Annual report of the Punjab Veterinary College and of the Civil Veterinary Department, Punjab - 1920-1925
Year: 1920
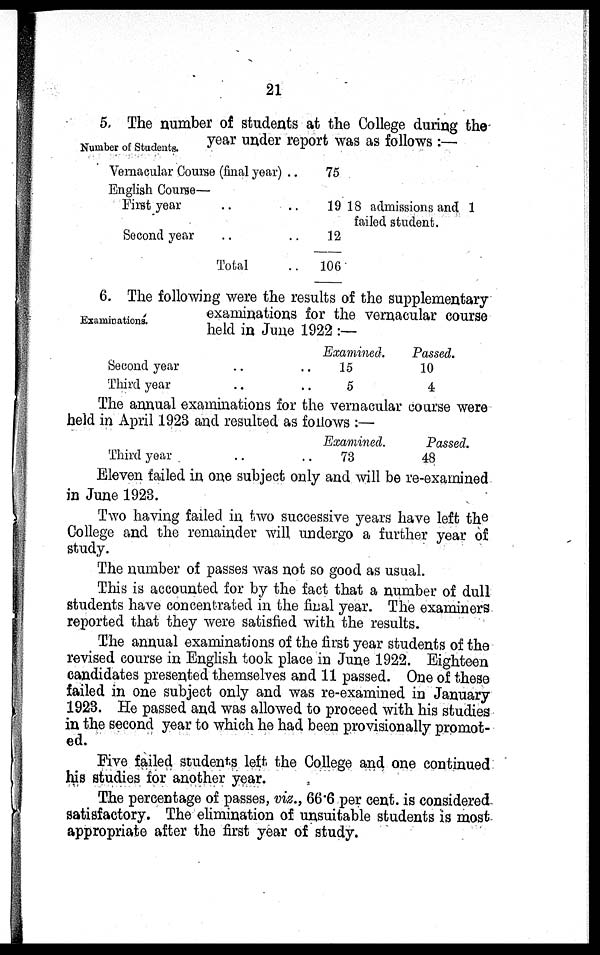
21
Number of Students.
5. The number of students at the College during the
year under report was as follows :—
Vernacular Course (final year) ..
English Course—
First year .. ..
Second year .. ..
Total ..
75
19 18 admissions and 1
failed student.
12
106
Examinations.
6. The following were the results of the supplementary
examinations for the vernacular course
held in June 1922 :—
Second year ..
Third year ..
Examined.
.. 15
.. 5
Passed.
10
4
The annual examinations for the vernacular coarse were
held in April 1923 and resulted as follows :—
Third year ..
Examined,
.. 73
Passed.
48
Eleven failed in one subject only and will be re-examined
in June 1923.
Two having failed in two successive years have left the
College and the remainder will undergo a further year of
study.
The number of passes was not so good as usual.
This is accounted for by the fact that a number of dull
students have concentrated in the final year. The examiners
reported that they were satisfied with the results.
The annual examinations of the first year students of the
revised course in English took place in June 1922. Eighteen
candidates presented themselves and 11 passed. One of these
failed in one subject only and was re-examined in January
1923. He passed and was allowed to proceed with his studies
in the second year to which he had been provisionally promot-
ed.
Five failed students left the College and one continued
his studies for another year.
The percentage of passes, viz., 66.6 per cent. is considered
satisfactory. The elimination of unsuitable students is most
appropriate after the first year of study.